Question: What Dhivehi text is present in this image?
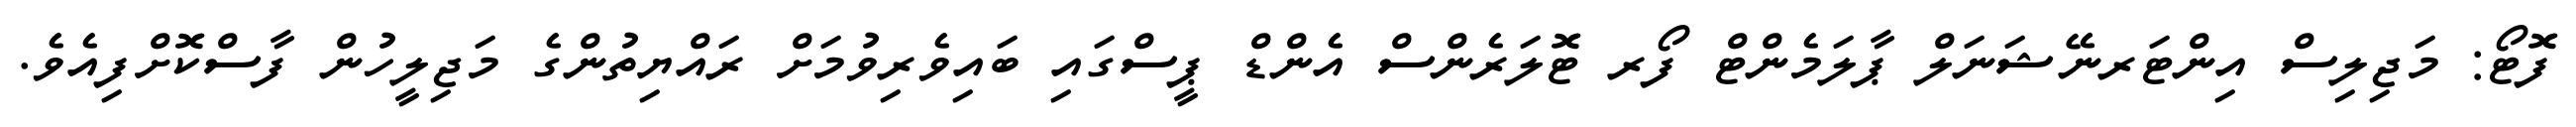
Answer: ފޮޓޯ: މަޖިލިސް އިންޓަރނޭޝަނަލް ޕާލަމެންޓް ފޯރ ޓޮލަރެންސް އެންޑް ޕީސްގައި ބައިވެރިވުމަށް ރައްޔިތުންގެ މަޖިލީހުން ފާސްކޮށްފިއެވެ.